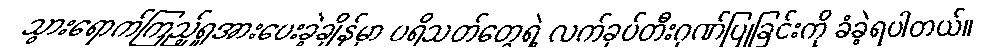
သွားရောက်ကြည့်ရှုအားပေးခဲ့ချိန်မှာ ပရိသတ်တွေရဲ့ လက်ခုပ်တီးဂုဏ်ပြုခြင်းကို ခံခဲ့ရပါတယ်။